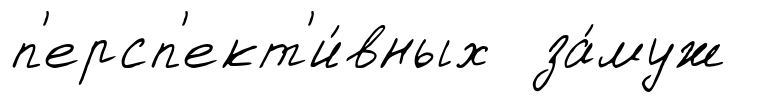
п'ерсп'ект'и́вных за́муж